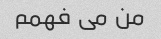
من می فهمم